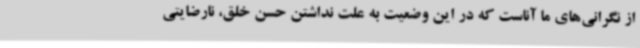
از نگرانی‌های ما آناست که در این وضعیت به علت نداشتن حسن خلق، نارضایتی